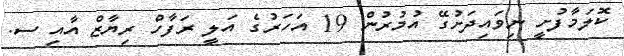
ކޮލަމާފުށީ ނިވައިދަށުގޭ އުމުރުން 19 އަހަރުގެ އަލީ ރަފާހް ރިޔާޒް އާއި ސ.